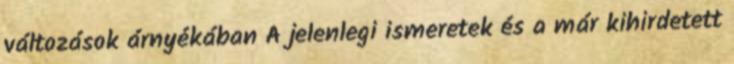
változások árnyékában A jelenlegi ismeretek és a már kihirdetett